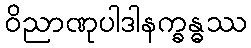
ဝိညာဏုပါဒါနက္ခန္ဓဿ